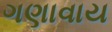
ગણાવાય